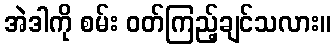
အဲဒါကို စမ်း ဝတ်ကြည့်ချင်သလား။